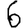
Digit: 6